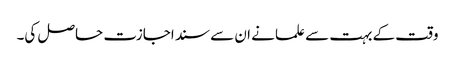
وقت کے بہت سے علما نے ان سے سند اجازت حاصل کی۔